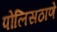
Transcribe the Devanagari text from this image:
पोलिसठाणे